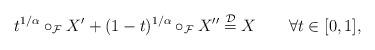
LaTeX: \begin{align*} t^{1/\alpha}\circ_\mathcal{F}X'+(1-t)^{1/\alpha}\circ_\mathcal{F}X'' \stackrel{\mathcal{D}}=X\qquad\forall t\in[0,1], \end{align*}